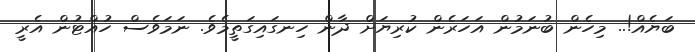
ބަޔެއް!.. މިހެން ބުނަމުން އަހަރެން ކުރިޔަށް ދާން ހިނގައިގަތީމެވެ. ނަމަވެސް ހުއްޓުން އެރީ